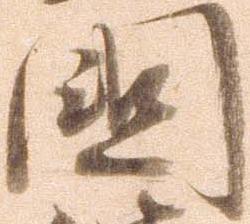
国